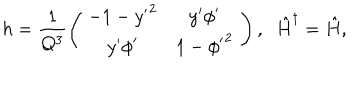
h = \frac { 1 } { Q ^ { 3 } } \left( \begin{array} { c } { { \begin{array} { c c } { { - 1 - { y ^ { \prime } } ^ { 2 } } } & { { y ^ { \prime } { \phi } ^ { \prime } } } \\ { { y ^ { \prime } { \phi } ^ { \prime } } } & { { 1 - { { \phi } ^ { \prime } } ^ { 2 } } } \\ \end{array} } } \\ \end{array} \right) , \; \; { \hat { H } } ^ { \dagger } = { \hat { H } } ,